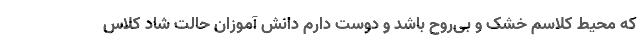
که محیط کلاسم خشک و بی‌روح باشد و دوست دارم دانش آموزان حالت شاد کلاس